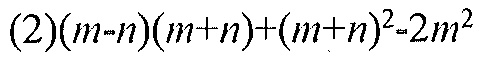
(2)\((m - n)(m + n)+(m + n)^{2}-2m^{2}\)